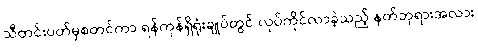
သီတင်းပတ်မှစတင်ကာ ရန်ကုန်ရှိရုံးချုပ်တွင် လုပ်ကိုင်လာခဲ့သည့် နတ်ဘုရားအလား